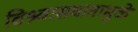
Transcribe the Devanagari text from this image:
विश्र्वासघातामुळे